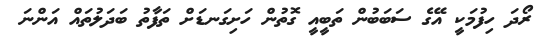
ރޯދަ ހިފުމަކީ އޭގެ ސަބަބުން ތަބީއީ ގޮތުން ހަށިގަނޑަށް ތަފާތު ބަދަލުތައް އަންނަ